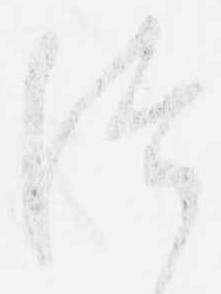
つ